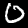
Digit: 0